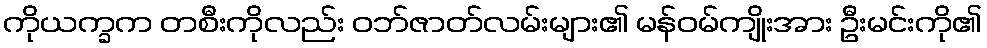
ကိုယက္ခက တစီးကိုလည်း ဝဘ်ဇာတ်လမ်းများ၏ မန်ဝမ်ကျိုးအား ဦးမင်းကို၏